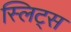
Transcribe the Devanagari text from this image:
स्लिट्स